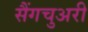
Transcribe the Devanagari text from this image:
सैंगचुअरी